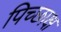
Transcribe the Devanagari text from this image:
पिच्छाक्ष